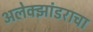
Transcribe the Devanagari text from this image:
अलेक्झांडराचा